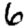
Digit: 6